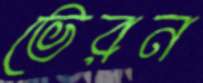
ভেরন